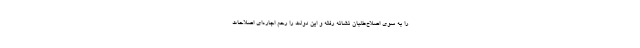
را به سوی اصلاح‌طلبان نشانه رفته و این دولت را رحم اجاره‌ای اصلاحات